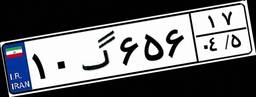
۹۰گ۲۸۵۲۹